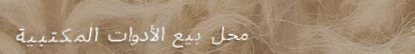
محل بيع الأدوات المكتبية